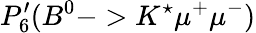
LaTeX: P_{6}^{\prime}(B^{0}->K^{\star}\mu^{+}\mu^{-})